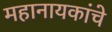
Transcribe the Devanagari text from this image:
महानायकांचे